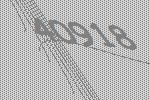
40918